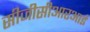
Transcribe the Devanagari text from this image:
सीजीसीआरआई